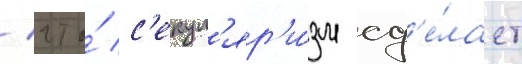
/ что́ с'екул'яр'и́зм сд'е́лает